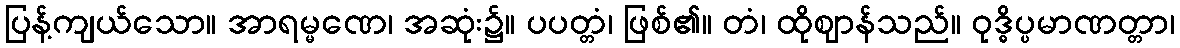
ပြန့်ကျယ်သော။ အာရမ္မဏေ၊ အဆုံး၌။ ပပတ္တံ၊ ဖြစ်၏။ တံ၊ ထိုဈာန်သည်။ ဝုဒ္ဓိပ္ပမာဏတ္တာ၊